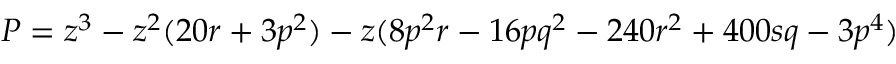
P = z ^ { 3 } - z ^ { 2 } ( 2 0 r + 3 p ^ { 2 } ) - z ( 8 p ^ { 2 } r - 1 6 p q ^ { 2 } - 2 4 0 r ^ { 2 } + 4 0 0 s q - 3 p ^ { 4 } )